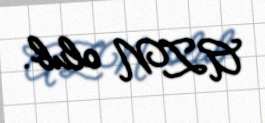
AZN olub.